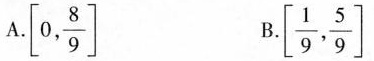
A. \left[0, \frac{8}{9}\right] B.\left[ \frac{1}{9}, \frac{5}{9}\right]